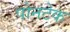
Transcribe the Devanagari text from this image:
पोनटेक